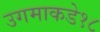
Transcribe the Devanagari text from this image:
उगमाकडे१८